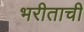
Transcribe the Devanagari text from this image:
भरीताची